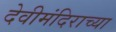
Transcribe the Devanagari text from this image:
देवीमंदिराच्या